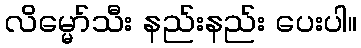
လိမ္မော်သီး နည်းနည်း ပေးပါ။